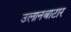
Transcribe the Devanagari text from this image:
उलानबाटार